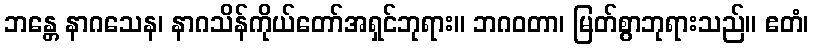
ဘန္တေ နာဂသေန၊ နာဂသိန်ကိုယ်တော်အရှင်ဘုရား။ ဘဂဝတာ၊ မြတ်စွာဘုရားသည်။ ဧတံ၊